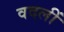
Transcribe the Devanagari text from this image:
वदलीं